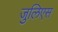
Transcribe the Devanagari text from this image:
जुलिएस